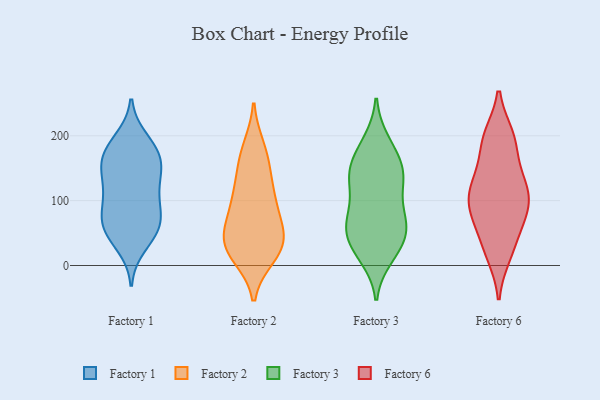
{"axis": {"x": "Net Income (USD K)", "y": "Value"}, "legend": ["Factory 1", "Factory 2", "Factory 3", "Factory 6"], "data": [{"x": "", "y": 77, "type": "Factory 1"}, {"x": "", "y": 157, "type": "Factory 1"}, {"x": "", "y": 194, "type": "Factory 1"}, {"x": "", "y": 56, "type": "Factory 1"}, {"x": "", "y": 186, "type": "Factory 1"}, {"x": "", "y": 59, "type": "Factory 1"}, {"x": "", "y": 161, "type": "Factory 1"}, {"x": "", "y": 58, "type": "Factory 1"}, {"x": "", "y": 112, "type": "Factory 1"}, {"x": "", "y": 52, "type": "Factory 1"}, {"x": "", "y": 31, "type": "Factory 1"}, {"x": "", "y": 130, "type": "Factory 1"}, {"x": "", "y": 171, "type": "Factory 1"}, {"x": "", "y": 84, "type": "Factory 1"}, {"x": "", "y": 94, "type": "Factory 1"}, {"x": "", "y": 122, "type": "Factory 1"}, {"x": "", "y": 170, "type": "Factory 1"}, {"x": "", "y": 147, "type": "Factory 1"}, {"x": "", "y": 150, "type": "Factory 2"}, {"x": "", "y": 36, "type": "Factory 2"}, {"x": "", "y": 47, "type": "Factory 2"}, {"x": "", "y": 105, "type": "Factory 2"}, {"x": "", "y": 28, "type": "Factory 2"}, {"x": "", "y": 177, "type": "Factory 2"}, {"x": "", "y": 17, "type": "Factory 2"}, {"x": "", "y": 104, "type": "Factory 2"}, {"x": "", "y": 14, "type": "Factory 2"}, {"x": "", "y": 182, "type": "Factory 2"}, {"x": "", "y": 50, "type": "Factory 2"}, {"x": "", "y": 107, "type": "Factory 2"}, {"x": "", "y": 145, "type": "Factory 2"}, {"x": "", "y": 65, "type": "Factory 2"}, {"x": "", "y": 46, "type": "Factory 2"}, {"x": "", "y": 85, "type": "Factory 2"}, {"x": "", "y": 19, "type": "Factory 2"}, {"x": "", "y": 82, "type": "Factory 3"}, {"x": "", "y": 68, "type": "Factory 3"}, {"x": "", "y": 53, "type": "Factory 3"}, {"x": "", "y": 68, "type": "Factory 3"}, {"x": "", "y": 13, "type": "Factory 3"}, {"x": "", "y": 147, "type": "Factory 3"}, {"x": "", "y": 90, "type": "Factory 3"}, {"x": "", "y": 130, "type": "Factory 3"}, {"x": "", "y": 165, "type": "Factory 3"}, {"x": "", "y": 65, "type": "Factory 3"}, {"x": "", "y": 128, "type": "Factory 3"}, {"x": "", "y": 18, "type": "Factory 3"}, {"x": "", "y": 29, "type": "Factory 3"}, {"x": "", "y": 39, "type": "Factory 3"}, {"x": "", "y": 45, "type": "Factory 3"}, {"x": "", "y": 152, "type": "Factory 3"}, {"x": "", "y": 187, "type": "Factory 3"}, {"x": "", "y": 191, "type": "Factory 3"}, {"x": "", "y": 136, "type": "Factory 3"}, {"x": "", "y": 136, "type": "Factory 3"}, {"x": "", "y": 91, "type": "Factory 6"}, {"x": "", "y": 199, "type": "Factory 6"}, {"x": "", "y": 85, "type": "Factory 6"}, {"x": "", "y": 83, "type": "Factory 6"}, {"x": "", "y": 139, "type": "Factory 6"}, {"x": "", "y": 199, "type": "Factory 6"}, {"x": "", "y": 131, "type": "Factory 6"}, {"x": "", "y": 183, "type": "Factory 6"}, {"x": "", "y": 27, "type": "Factory 6"}, {"x": "", "y": 17, "type": "Factory 6"}, {"x": "", "y": 109, "type": "Factory 6"}, {"x": "", "y": 57, "type": "Factory 6"}, {"x": "", "y": 116, "type": "Factory 6"}]}